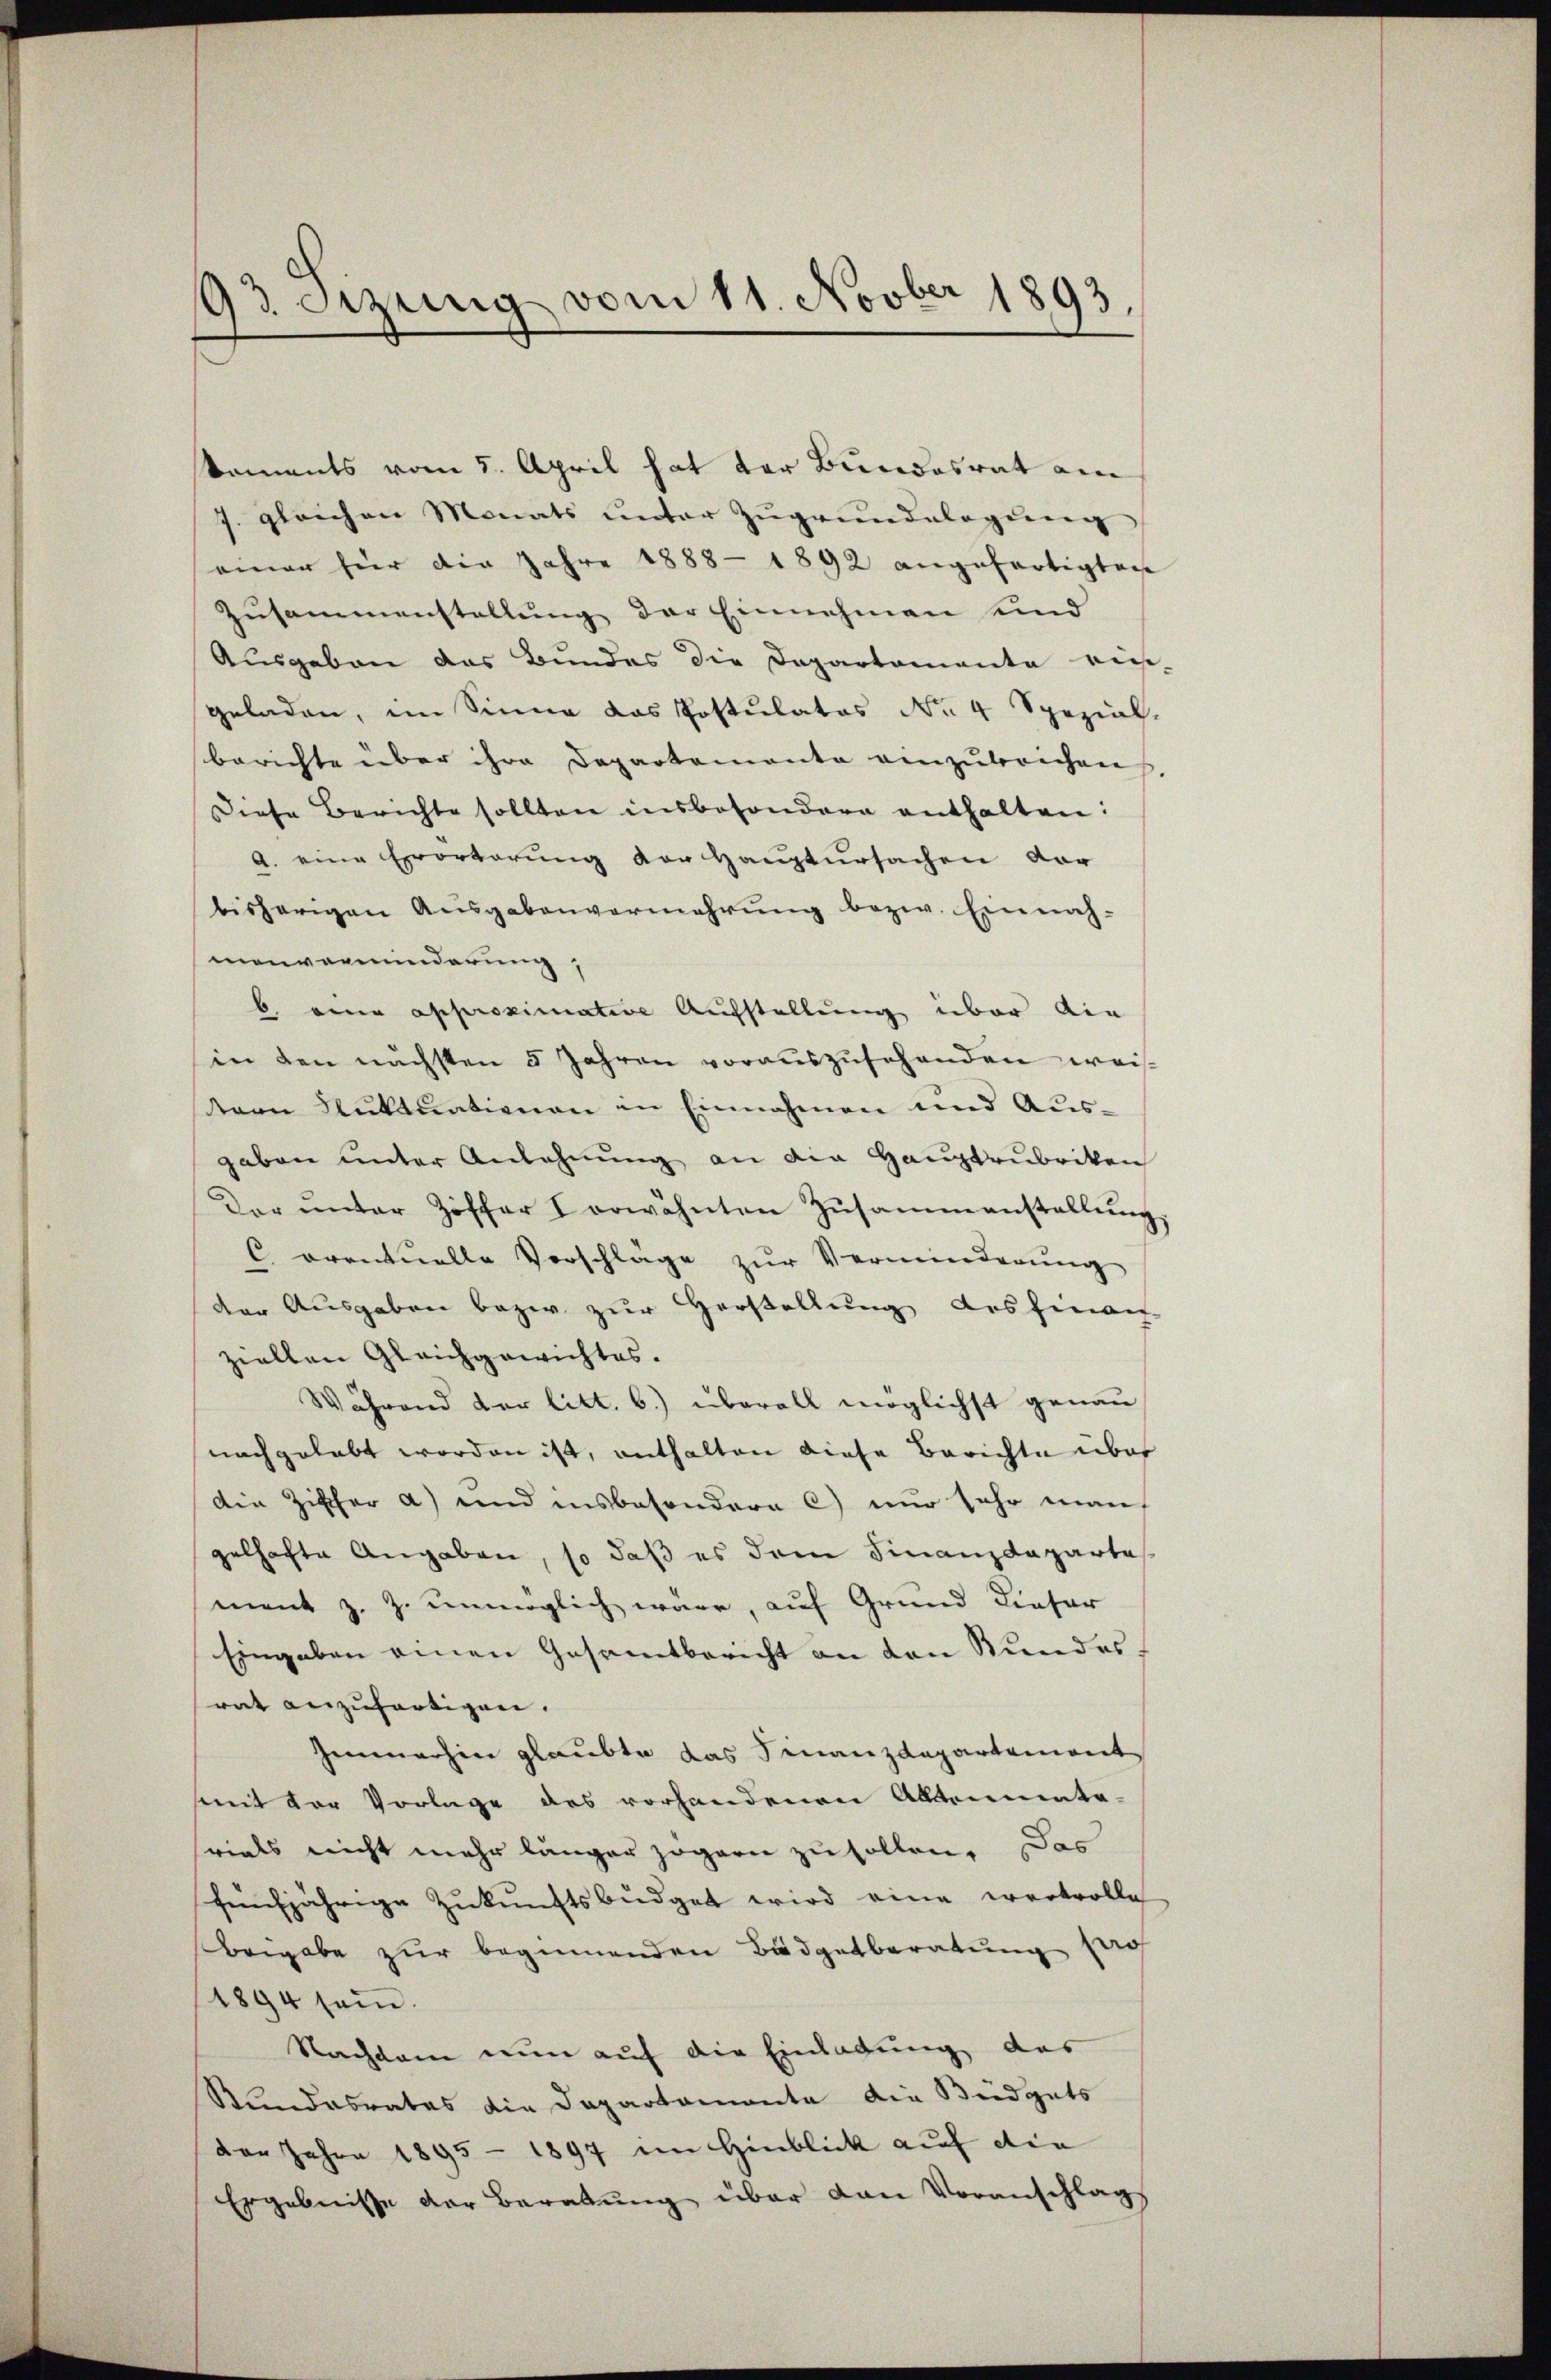
93 Sizung vom 11. Novber 1893,

koments vom 5. April hat der Bundesrat am
7. gleichen Monats unter Zugrundelagung
einer für die Jahre 1888 - 1892 angefertigten
Zusammenstellung der Einnahmen und
Ausgaben das Bundes die Departemente ries-
geladen, im Sinne das Postulatos Nr. 4 Spezial-
berichte über ihre Departemente einzubrechen,
Diese Berichte sollten insbesondere enthalten:
a. eine Errorterung vor Hauptursachen dor
bisherigen Ausgabenvermehrung bezw. Einnah-
menverminderung,
b. eine approximative Aufstellung über die
in den nächsten 5 Jahren voraŭszŭsehenden weis-
stern Fluktuationen in Einnahmen und Aus-
gaben unter Anlehnung an die Hauptrubriken
Der unter Ziffer I erwähnten Zusammanstallŭng,
C eventuelle Vorschlage zŭr Verminderŭng
der Ausgaben bezw. zur Herstellung des hinanz-
ziellen Gleichgewichtes.
Während der litt. b.) überall möglichst genau
nachgehabt worden ist, enthalten diese Berichte über
Die Zischer a) und insbesondere C) nur sehr man
gelhafte Angaben, so daß es dem Finanzdepartes
ment z. Z. unmöglich wäre, auf Grund dieser
Eingaben einen Gesamtbericht an den Kundesrat anzufertigen.
Immerhin glaubte das Finanzdepartement
mit der Vorlage des vorhandenen Altenmate-
rials nicht mehr länger zögern zu sollen. Das
fünfjährige Zukunftsbüdget wird eine wertvolle
Beigabe zur beginnenden Budgetberatung sach
1894 sein.
Nachdem nun auf die Einladung das
Rundesrates die Departamente die Büdgets
Don Jahre 1895 - 1897 im Hinblick auf die
Ergebnisse der Beratung über den Voranschlag